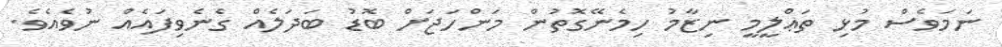
ނަމަވެސް މުޅި ތަޢްލީމީ ނިޒާމު ހިމެނޭގޮތުން މަންހަޖަށް ބޮޑު ބަދަލެއް ގެނެވިފައެއް ނުވެއެވެ.